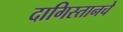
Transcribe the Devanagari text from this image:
दागिस्तानचे